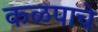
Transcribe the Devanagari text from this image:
कळपाचे